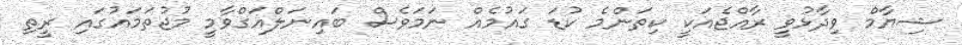
ޝިޔާމް ވިދާޅުވީ ރާއްޖެއަކީ ކިތަންމެ ކުޑަ ގައުމެއް ނަމަވެސް ބައިނަލްއަގްވާމީ މުޖުތަމައުގައި ރީތި